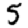
Digit: 5